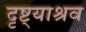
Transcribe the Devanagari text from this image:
दृष्ट्याश्रव